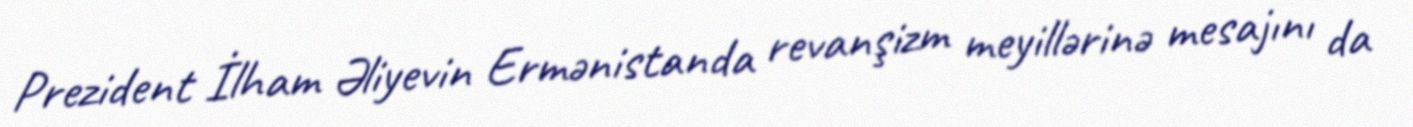
Prezident İlham Əliyevin Ermənistanda revanşizm meyillərinə mesajını da